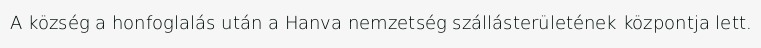
A község a honfoglalás után a Hanva nemzetség szállásterületének központja lett.